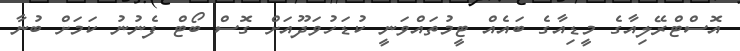
އޮސްޓްރޭލިއާގެ މީޑިއާގެ ބައެއް ޓީމުތައްވަނީ ކުޑަހުވަދޫއަށް ގޮސް ބޯޓް ފެނުނު ކަމަށް ބުނާ